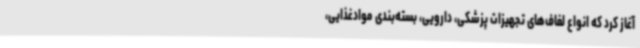
آغاز کرد که انواع لفاف‌های تجهیزات پزشکی، دارویی، بسته‌بندی موادغذایی،